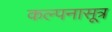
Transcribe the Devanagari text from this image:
कल्पनासूत्र